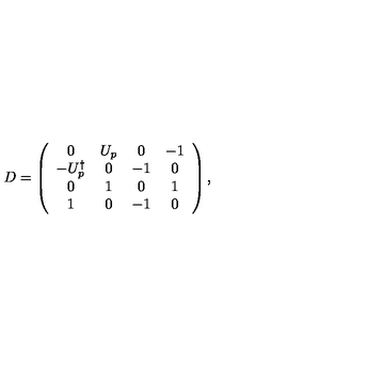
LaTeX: D = \left( \begin{array} { c c c c } { 0 } & { U _ { p } } & { 0 } & { - 1 } \\ { - U _ { p } ^ { \dagger } } & { 0 } & { - 1 } & { 0 } \\ { 0 } & { 1 } & { 0 } & { 1 } \\ { 1 } & { 0 } & { - 1 } & { 0 } \\ \end{array} \right) ,